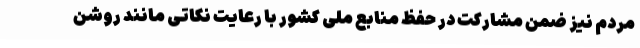
مردم نیز ضمن مشارکت در حفظ منابع ملی کشور با رعایت نکاتی مانند روشن